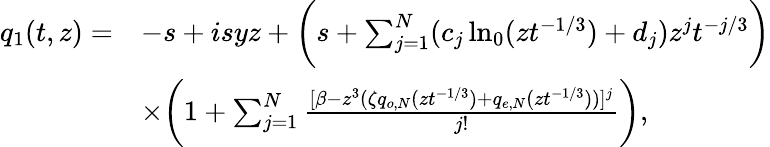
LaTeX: \begin{array}{rl}{q_{1}(t,z)=}&{-s+isyz+\bigg(s+\sum_{j=1}^{N}(c_{j}\ln_{0}(zt^{-1/3})+d_{j})z^{j}t^{-j/3}\bigg)}\\ &{\times\bigg(1+\sum_{j=1}^{N}\frac{[\beta-z^{3}(\zeta q_{o,N}(zt^{-1/3})+q_{e,N}(zt^{-1/3}))]^{j}}{j!}\bigg),}\end{array}